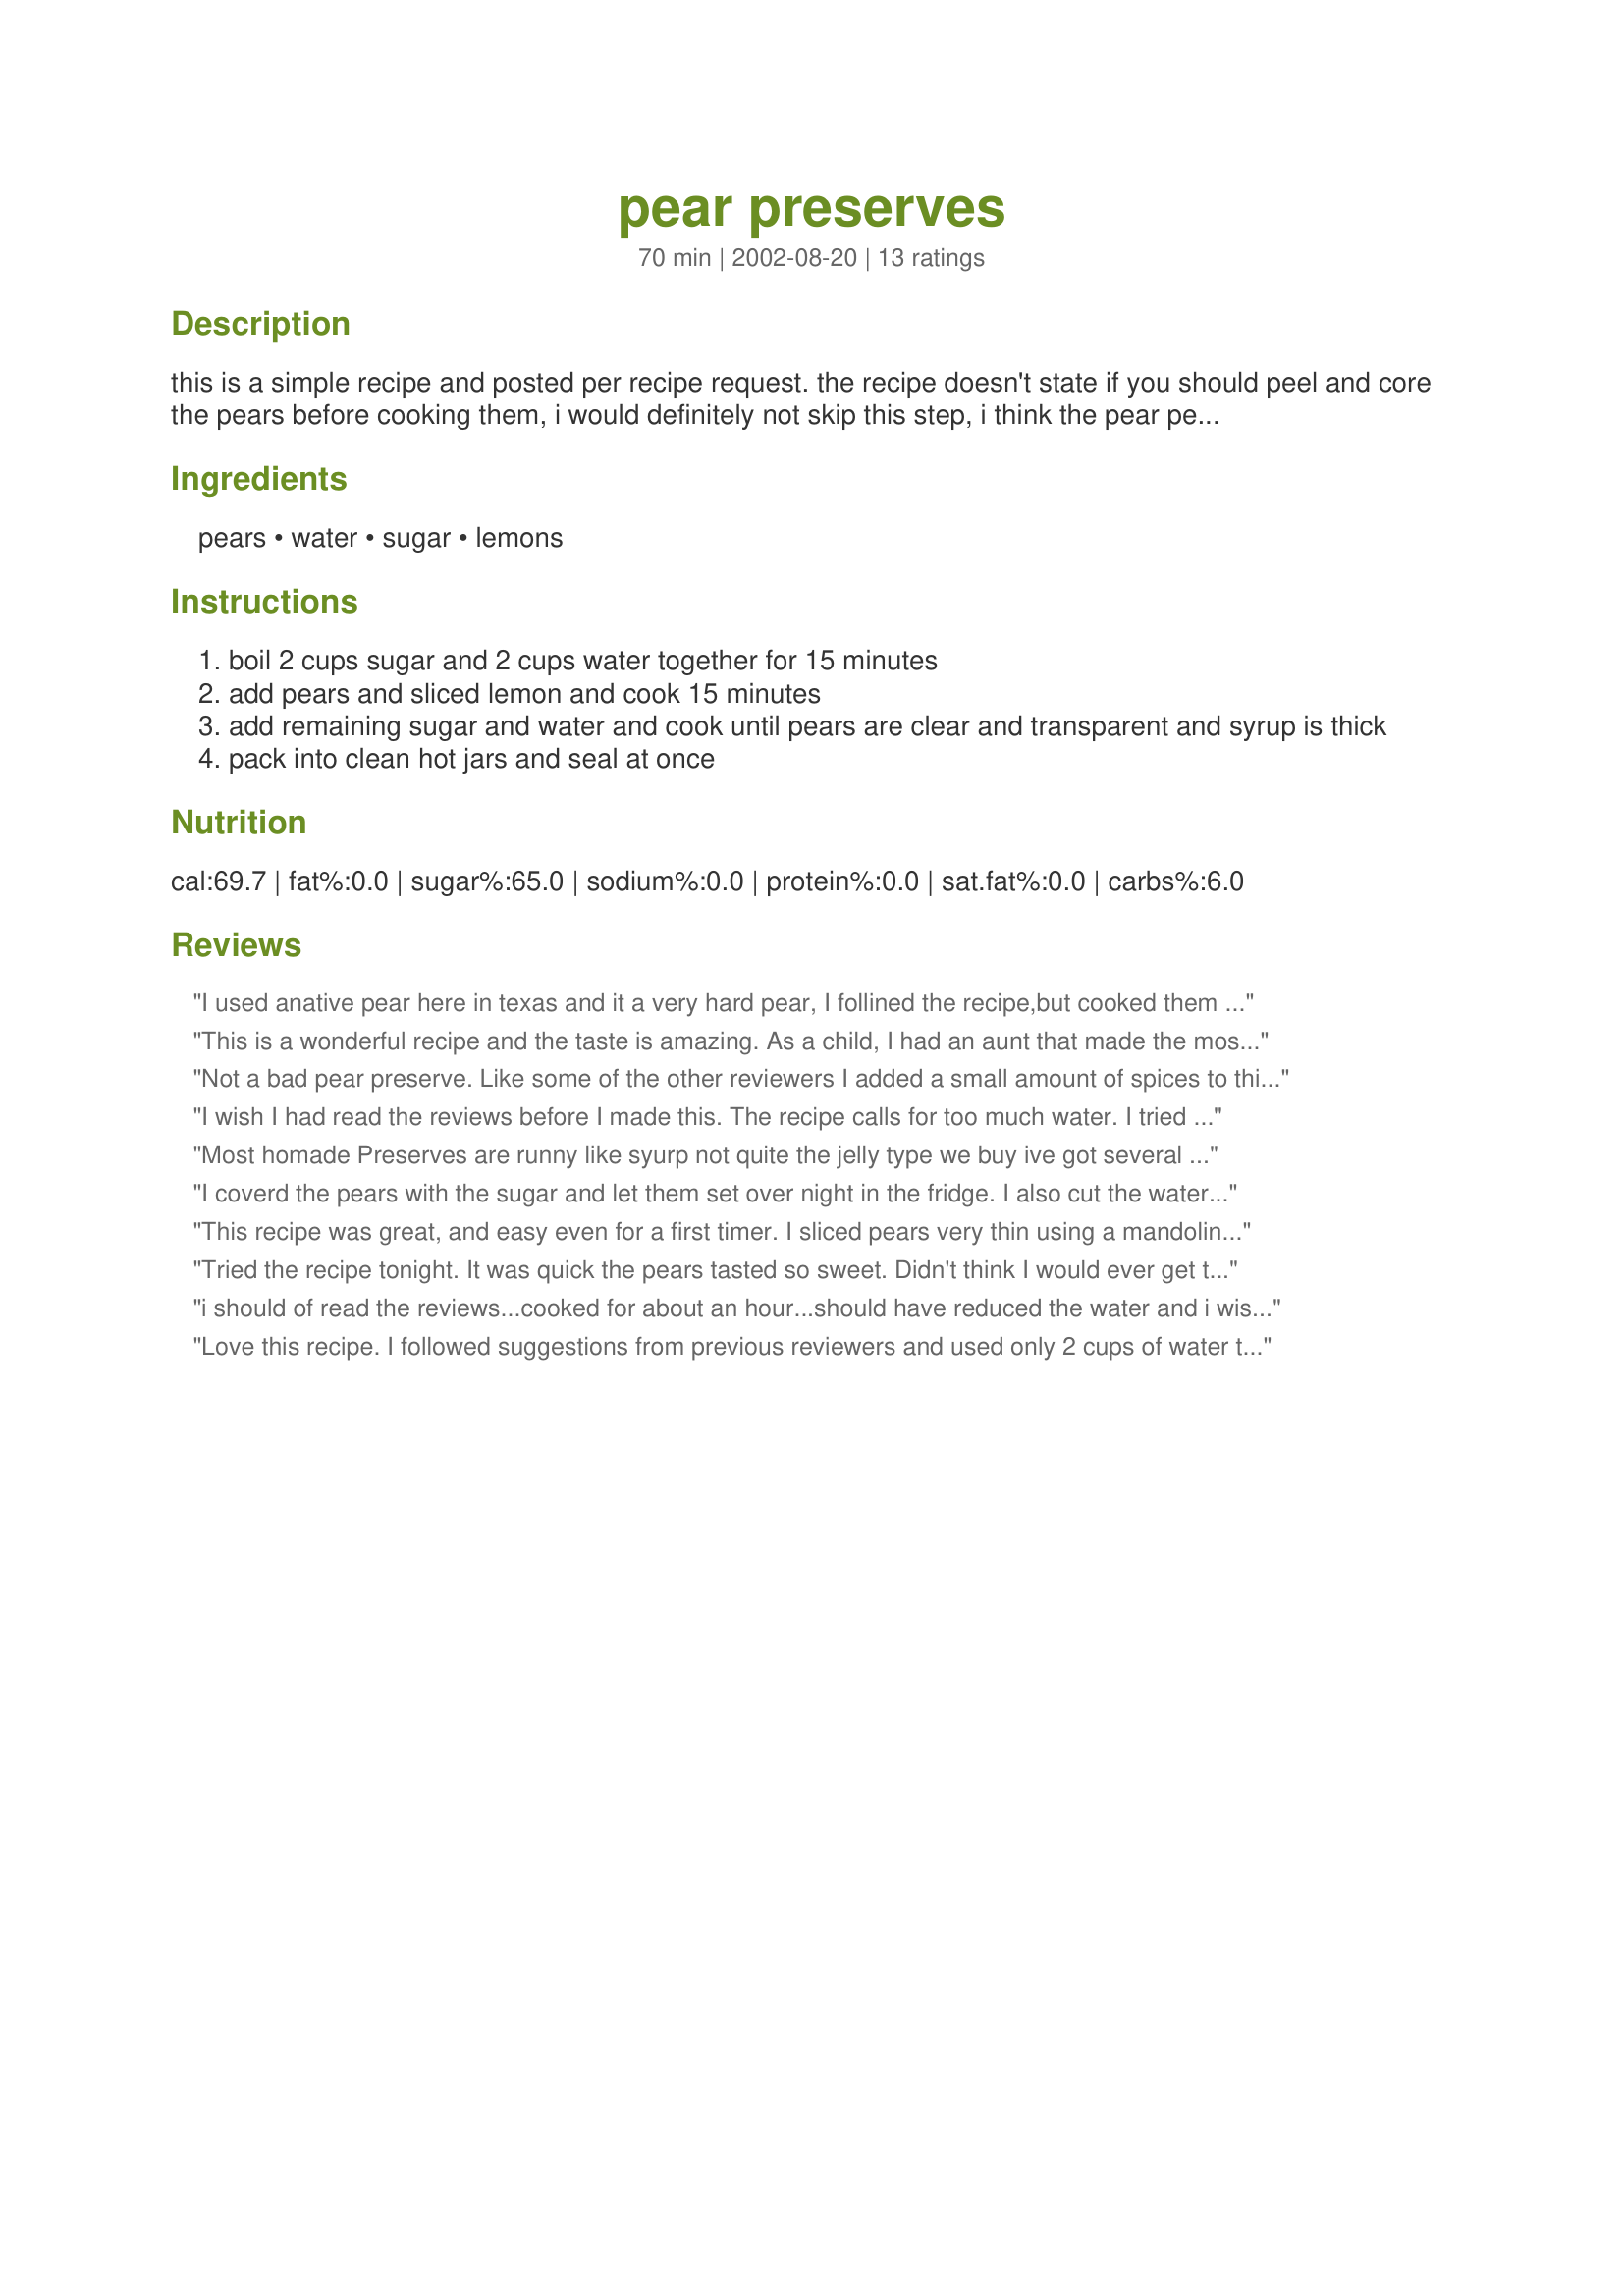
pear preserves
Preparation time: 70 minutes

this is a simple recipe and posted per recipe request. the recipe doesn't state if you should peel and core the pears before cooking them, i would definitely not skip this step, i think the pear peels would make some pretty gritty preserves.

Ingredients:
pears, water, sugar, lemons

Steps:
boil 2 cups sugar and 2 cups water together for 15 minutes
add pears and sliced lemon and cook 15 minutes
add remaining sugar and water and cook until pears are clear and transparent and syrup is thick
pack into clean hot jars and seal at once

Reviews:
I used anative pear here in texas and it a very hard pear, I follined the recipe,but cooked them about an hour the flavor was like what my mom made.Very good!
This is a wonderful recipe and the taste is amazing. As a child, I had an aunt that made the most wonderful pear preserves. I'm not sure she actually had a recipe to follow or just years of experience. To the best that my taste buds can remember this recipe is very close. The flavor, like I said, is amazing. The pears were peeled, cored, quartered and then each quarter cut into thirds. The pears were very firm and it took close to an hour cooking time for the pears to be translucent and the syrup thick, rich and golden. My yield was 36 oz or a little over 4 1/2 pints. Thank you for posting and for the memories.
Not a bad pear preserve. Like some of the other reviewers I added a small amount of spices to this to enhance the flavor.

Most homemade preserves do tend to be more runny than commercial ones because they aren't cooked long enough. People get impatient (or tired of the stirring) and jar them before they are set all the way. This isn't necessarily a bad thing. Loose preserves are easier to work with between cake layers, over pancakes, etc., but if you want them as a spread you need to cook them to at least 220 degrees (eight degrees over the boiling point for your altitude.)

If you are looking to save some stirring, you can always cook them in a slow oven (250 degrees) until they are set. It takes about twice as long, but frees you to do other things in the kitchen.
I wish I had read the reviews before I made this. The recipe calls for too much water. I tried to reduce the mix, however, I never got the right consistency. The flavor was good, but I will reduce the water by 1/2 next time I make this recipe.
Most homade Preserves are runny like syurp not quite the jelly type we buy ive got several pear trees and do mine year after except i add cinnamon to mine to add a spice flavor but it all depends on the type of tree u have my trees prodouce a bitter type fruit and requier no pectin but some trees make a sweet juicy pear that needs lots of pectin i think thats why the lemon is spoken of here but its always best if u want a store bought like preserve to buy and use pectin or its possable to harvest ur pears a month early if u get them like i do ill post my recipe soon and ill be a bit more quotive on it as to pear type
I coverd the pears with the sugar and let them set over night in the fridge. I also cut the water by half and cooked the pears SLOWLY over med-low heat. They turned out perfect with a good texture and color.
This recipe was great, and easy even for a first timer. I sliced pears very thin using a mandolin slicer. I did change the amounts of water per recommendation, I used only a total of 2 cups, and I also only used 3 cups of sugar. They cooked for about an hour and I also added about a tsp. of cinnamon at the end of cooking. I think they had a great flavor and the lemon gave them a really fresh taste. I tried the recipe again a few days later and omitted the lemon slices and instead added only lemon juice because my husband bit down on one of the lemon rinds from the first batch and didn't like it very much. I think that was a mistake because it took twice as long for the liquid to thicken up, and never did get as thick as the first batch. By the time it was done my pears had fallen apart and resembled applesauce. They still tasted great and wound up being kind of like a cross between jam and applesauce. However I will stick with the lemon slices next time and just let hubby pick them out if he doesn't like them! :)
Tried the recipe tonight. It was quick the pears tasted so sweet. Didn't think I would ever get the syrup thick enough. Guess I was rushing it
i should of read the reviews...cooked for about an hour...should have reduced the water and i wish i would of added the spices...definatelt need to peel and chop small
Love this recipe. I followed suggestions from previous reviewers and used only 2 cups of water to reduce time necessary for cooking off. My pears were super juicy and they cooked for an hour .<br/><br/>The second time I made this I cut back to 3 cups of sugar and for me, it's perfect. I like my sweet things a bit less sweet than most people, I think. I also added a Tbs of vanilla just to add another dimension of flavor.<br/><br/>Thanks for the great recipe, it has become a huge hit here!
I only used about a cup of water. And I peeled and cored the pears. I used some slightly under ripe Bartletts. Lovely jam. This will be so good on a dreary, rainy winter afternoon.
I used Keefer pears, also a hard pear. I followed the recipe and cooked them for about an hour. The flavor is wonderful. I can't wait to hear comments from the family.
The taste was wonderful - would be great over ice cream or even over pancakes or waffles. I did add some cinnamon and ground cloves near the end of cooking time - this added a lot of flavor.Jars of these would make great gifts.
